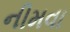
નીમવા